Code of medical and sanitary regulations for the guidance of medical officers serving in the Madras Presidency - Volume I
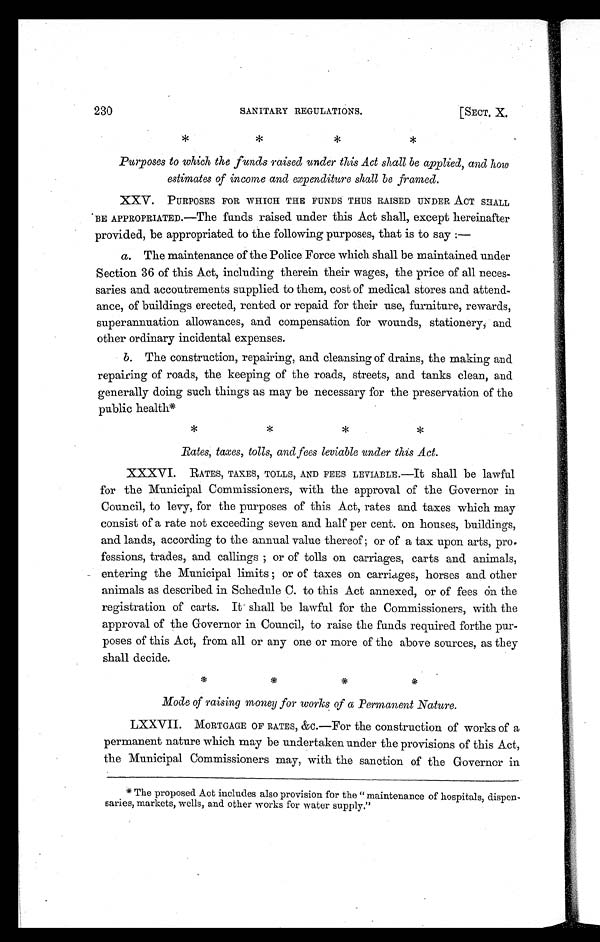
230
SANITARY REGULATIONS.
[SECT. X.
P
* * * *
Purposes to which the funds raised under this Act shall be applied, and how
estimates of income and expenditure shall be framed.
XXV. PURPOSES FOR WHICH THE FUNDS THUS RAISED UNDER ACT SHALL
BE APPROPRIATED.—The funds raised under this Act shall, except hereinafter
provided, be appropriated to the following purposes, that is to say :—
a. The maintenance of the Police Force which shall be maintained under
Section 36 of this Act, including therein their wages, the price of all neces-
saries and accoutrements supplied to them, cost of medical stores and attend-
ance, of buildings erected, rented or repaid for their use, furniture, rewards,
superannuation allowances, and compensation for wounds, stationery, and
other ordinary incidental expenses.
b. The construction, repairing, and cleansing of drains, the making and
repairing of roads, the keeping of the roads, streets, and tanks clean, and
generally doing such things as may be necessary for the preservation of the
public health*
* * * *
Rates, taxes, tolls, and fees leviable under this Act.
XXXVI. RATES, TAXES, TOLLS, AND FEES LEVIABLE.—It shall be lawful
for the Municipal Commissioners, with the approval of the Governor in
Council, to levy, for the purposes of this Act, rates and taxes which may
consist of a rate not exceeding seven and half per cent. on houses, buildings,
and lands, according to the annual value thereof ; or of a tax upon arts, pro
-fessions, trades, and callings ; or of tolls on carriages, carts and animals,
entering the Municipal limits ; or of taxes on carriages, horses and other
animals as described in Schedule C. to this Act annexed, or of fees on the
registration of carts. It shall be lawful for the Commissioners, with the
approval of the Governor in Council, to raise the funds required forthe pur-
poses of this Act, from all or any one or more of the above sources, as they
shall decide.
* * * *
Mode of raising money for works of a Permanent Nature.
LXXVII. MORTGAGE OF RATES, &c.—For the construction of works of a
permanent nature which may be undertaken under the provisions of this Act,
the Municipal Commissioners may, with the sanction of the Governor in
* The proposed Act includes also provision for the " maintenance of hospitals, dispen-
saries, markets, wells, and other works for water supply."